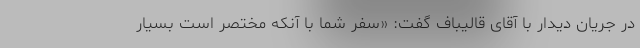
در جریان دیدار با آقای قالیباف گفت: «سفر شما با آنکه مختصر است بسیار